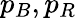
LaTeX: p_{B},p_{R}